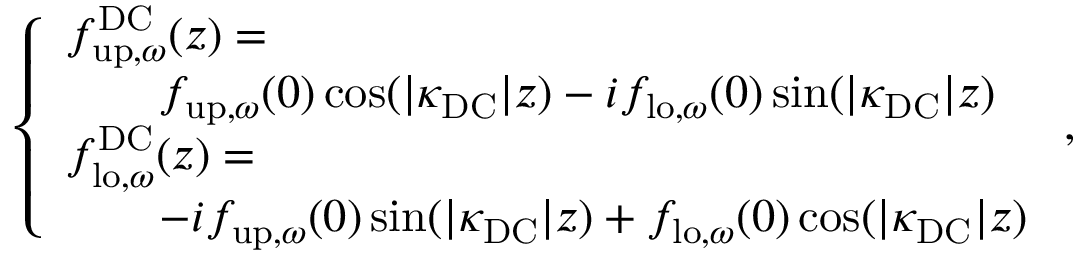
\begin{array} { r } { \left\{ \begin{array} { l l } { { f } _ { \mathrm { u p } , \omega } ^ { \mathrm { D C } } ( z ) = } \\ { \quad \quad { f } _ { \mathrm { u p } , \omega } ( 0 ) \cos ( | \kappa _ { \mathrm { D C } } | z ) - i { f } _ { \mathrm { l o } , \omega } ( 0 ) \sin ( | \kappa _ { \mathrm { D C } } | z ) } \\ { { f } _ { \mathrm { l o } , \omega } ^ { \mathrm { D C } } ( z ) = } \\ { \quad \quad - i { f } _ { \mathrm { u p } , \omega } ( 0 ) \sin ( | \kappa _ { \mathrm { D C } } | z ) + { f } _ { \mathrm { l o } , \omega } ( 0 ) \cos ( | \kappa _ { \mathrm { D C } } | z ) } \end{array} \right. , } \end{array}